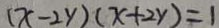
( x - 2 y ) ( x + 2 y ) = 1